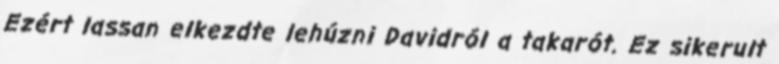
Ezért lassan elkezdte lehúzni Davidról a takarót. Ez sikerult